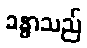
ခန္ဓာသည်